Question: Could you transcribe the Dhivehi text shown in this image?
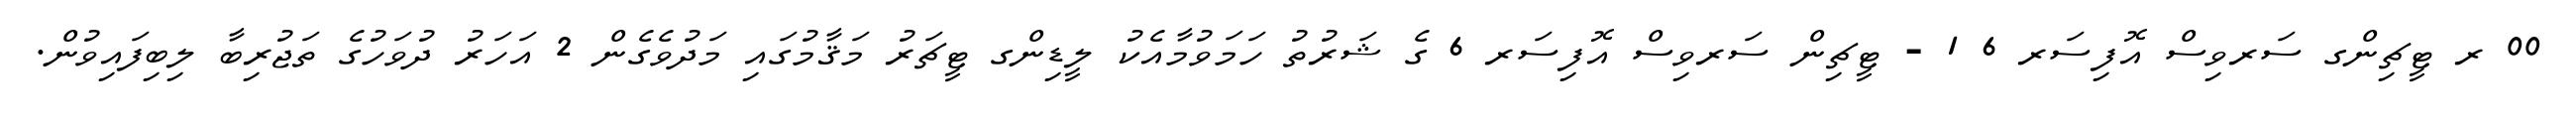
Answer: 00 ރ ޓީޗިންގ ސަރވިސް އޮފިސަރ 6 1 - ޓީޗިން ސަރވިސް އޮފިސަރ 6 ގެ ޝަރުތު ހަމަވުމާއެކު ލީޑިންގ ޓީޗަރު މަޤާމުގައި މަދުވެގެން 2 އަހަރު ދުވަހުގެ ތަޖުރިބާ ލިބިފައިވުން.